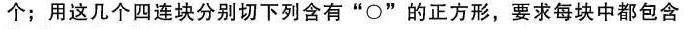
个；用这几个四连块分别切下列含有$$”\circ”$$的正方形，要求每块中都包含